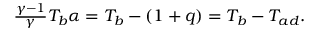
\begin{array} { r } { \frac { \gamma - 1 } { \gamma } T _ { b } \alpha = T _ { b } - ( 1 + q ) = T _ { b } - T _ { a d } . } \end{array}